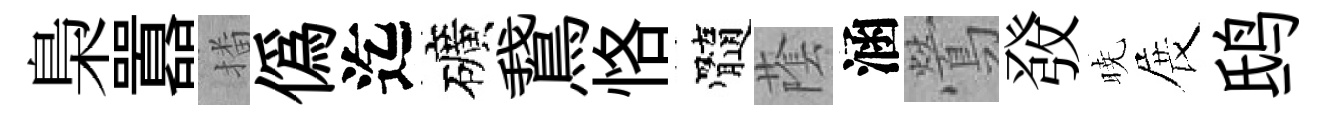
梟囂播偽迄礦鵞恪髓䕃涵鶯𤼲暁展鸱